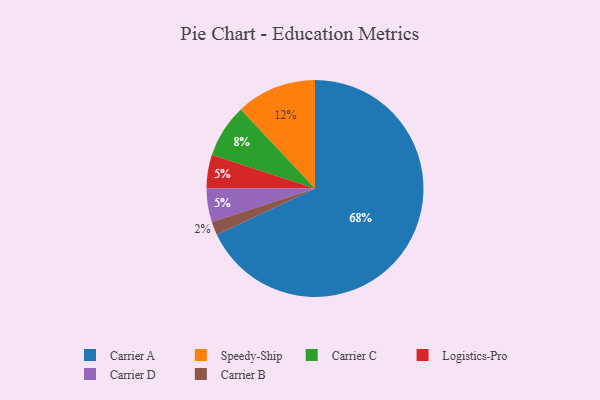
{"axis": {"x": "Category", "y": "Percentage"}, "legend": ["Carrier A", "Carrier B", "Carrier C", "Carrier D", "Logistics-Pro", "Speedy-Ship"], "data": [{"x": "Logistics-Pro", "y": 5, "type": "Logistics-Pro"}, {"x": "Carrier A", "y": 68, "type": "Carrier A"}, {"x": "Carrier D", "y": 5, "type": "Carrier D"}, {"x": "Carrier C", "y": 8, "type": "Carrier C"}, {"x": "Speedy-Ship", "y": 12, "type": "Speedy-Ship"}, {"x": "Carrier B", "y": 2, "type": "Carrier B"}]}